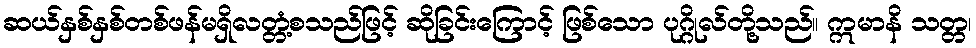
ဆယ်နှစ်နှစ်တစ်ဖန်မရှိလတ္တံ့စသည်ဖြင့် ဆိုခြင်းကြောင့် ဖြစ်သော ပုဂ္ဂိုလ်တို့သည်။ ဣမာနိ သတ္တ၊